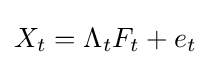
X_{t}=\Lambda _{t}F_{t}+e_{t}